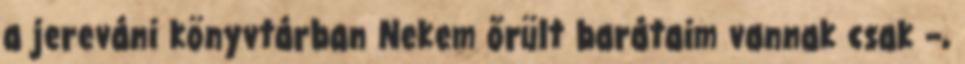
a jereváni könyvtárban Nekem őrült barátaim vannak csak –,